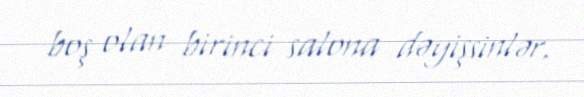
boş olan birinci salona dəyişsinlər.